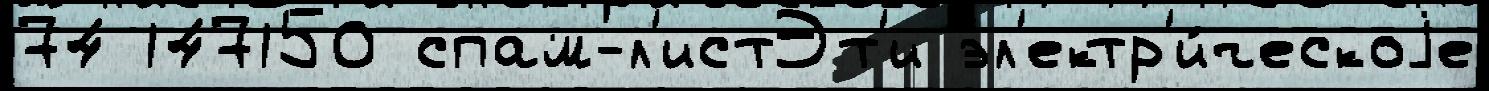
74 147150 спам-л'истЭт'и эл'ектр'и́ческоjе